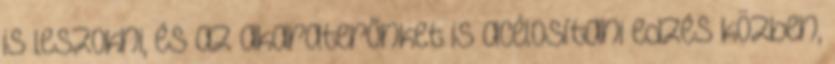
is leszokni, és az akaraterőnket is acélosítani edzés közben,